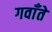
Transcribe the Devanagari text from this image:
गवाँते